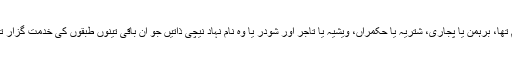
ہندو معاشرہ زمانہ قدیم سے چار طبقوں میں تقسیم تھا، برہمن یا پجاری، شتریہ یا حکمراں، ویشیہ یا تاجر اور شودر یا وہ نام نہاد نیچی ذاتیں جو ان باقی تینوں طبقوں کی خدمت گزار تھیں لیکن اس کے باوجود اچھوت مانی جاتی تھیں۔